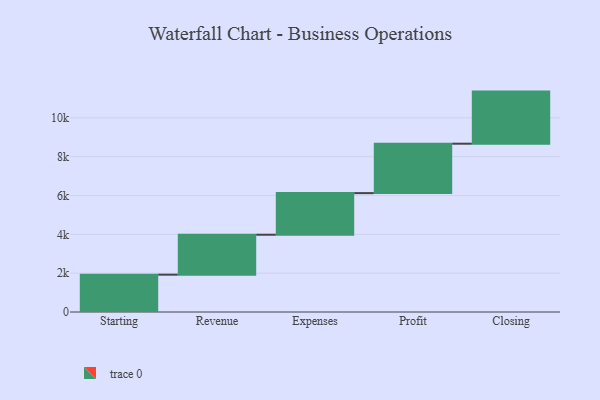
{"axis": {"x": "Step", "y": "Value"}, "legend": [""], "data": [{"x": "Starting", "y": 1923.0, "type": ""}, {"x": "Revenue", "y": 2056.0, "type": ""}, {"x": "Expenses", "y": 2143.0, "type": ""}, {"x": "Profit", "y": 2545.0, "type": ""}, {"x": "Closing", "y": 2683.0, "type": ""}]}